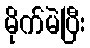
မိုက်မဲပြီး